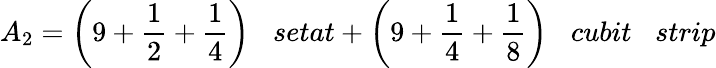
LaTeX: A_{2}={\bigg(}9+{\frac{1}{2}}+{\frac{1}{4}}{\bigg)}\; \; \; setat+{\bigg(}9+{\frac{1}{4}}+{\frac{1}{8}}{\bigg)}\; \; \; cubit\; \; \; strip